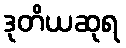
ဒုတိယဆုရ